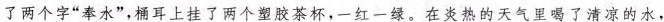
了两个字“奉水”,桶耳上挂了两个塑胶茶杯，一红一绿。在炎热的天气里喝了清凉的水。